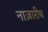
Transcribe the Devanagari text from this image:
नाज़ारीथ